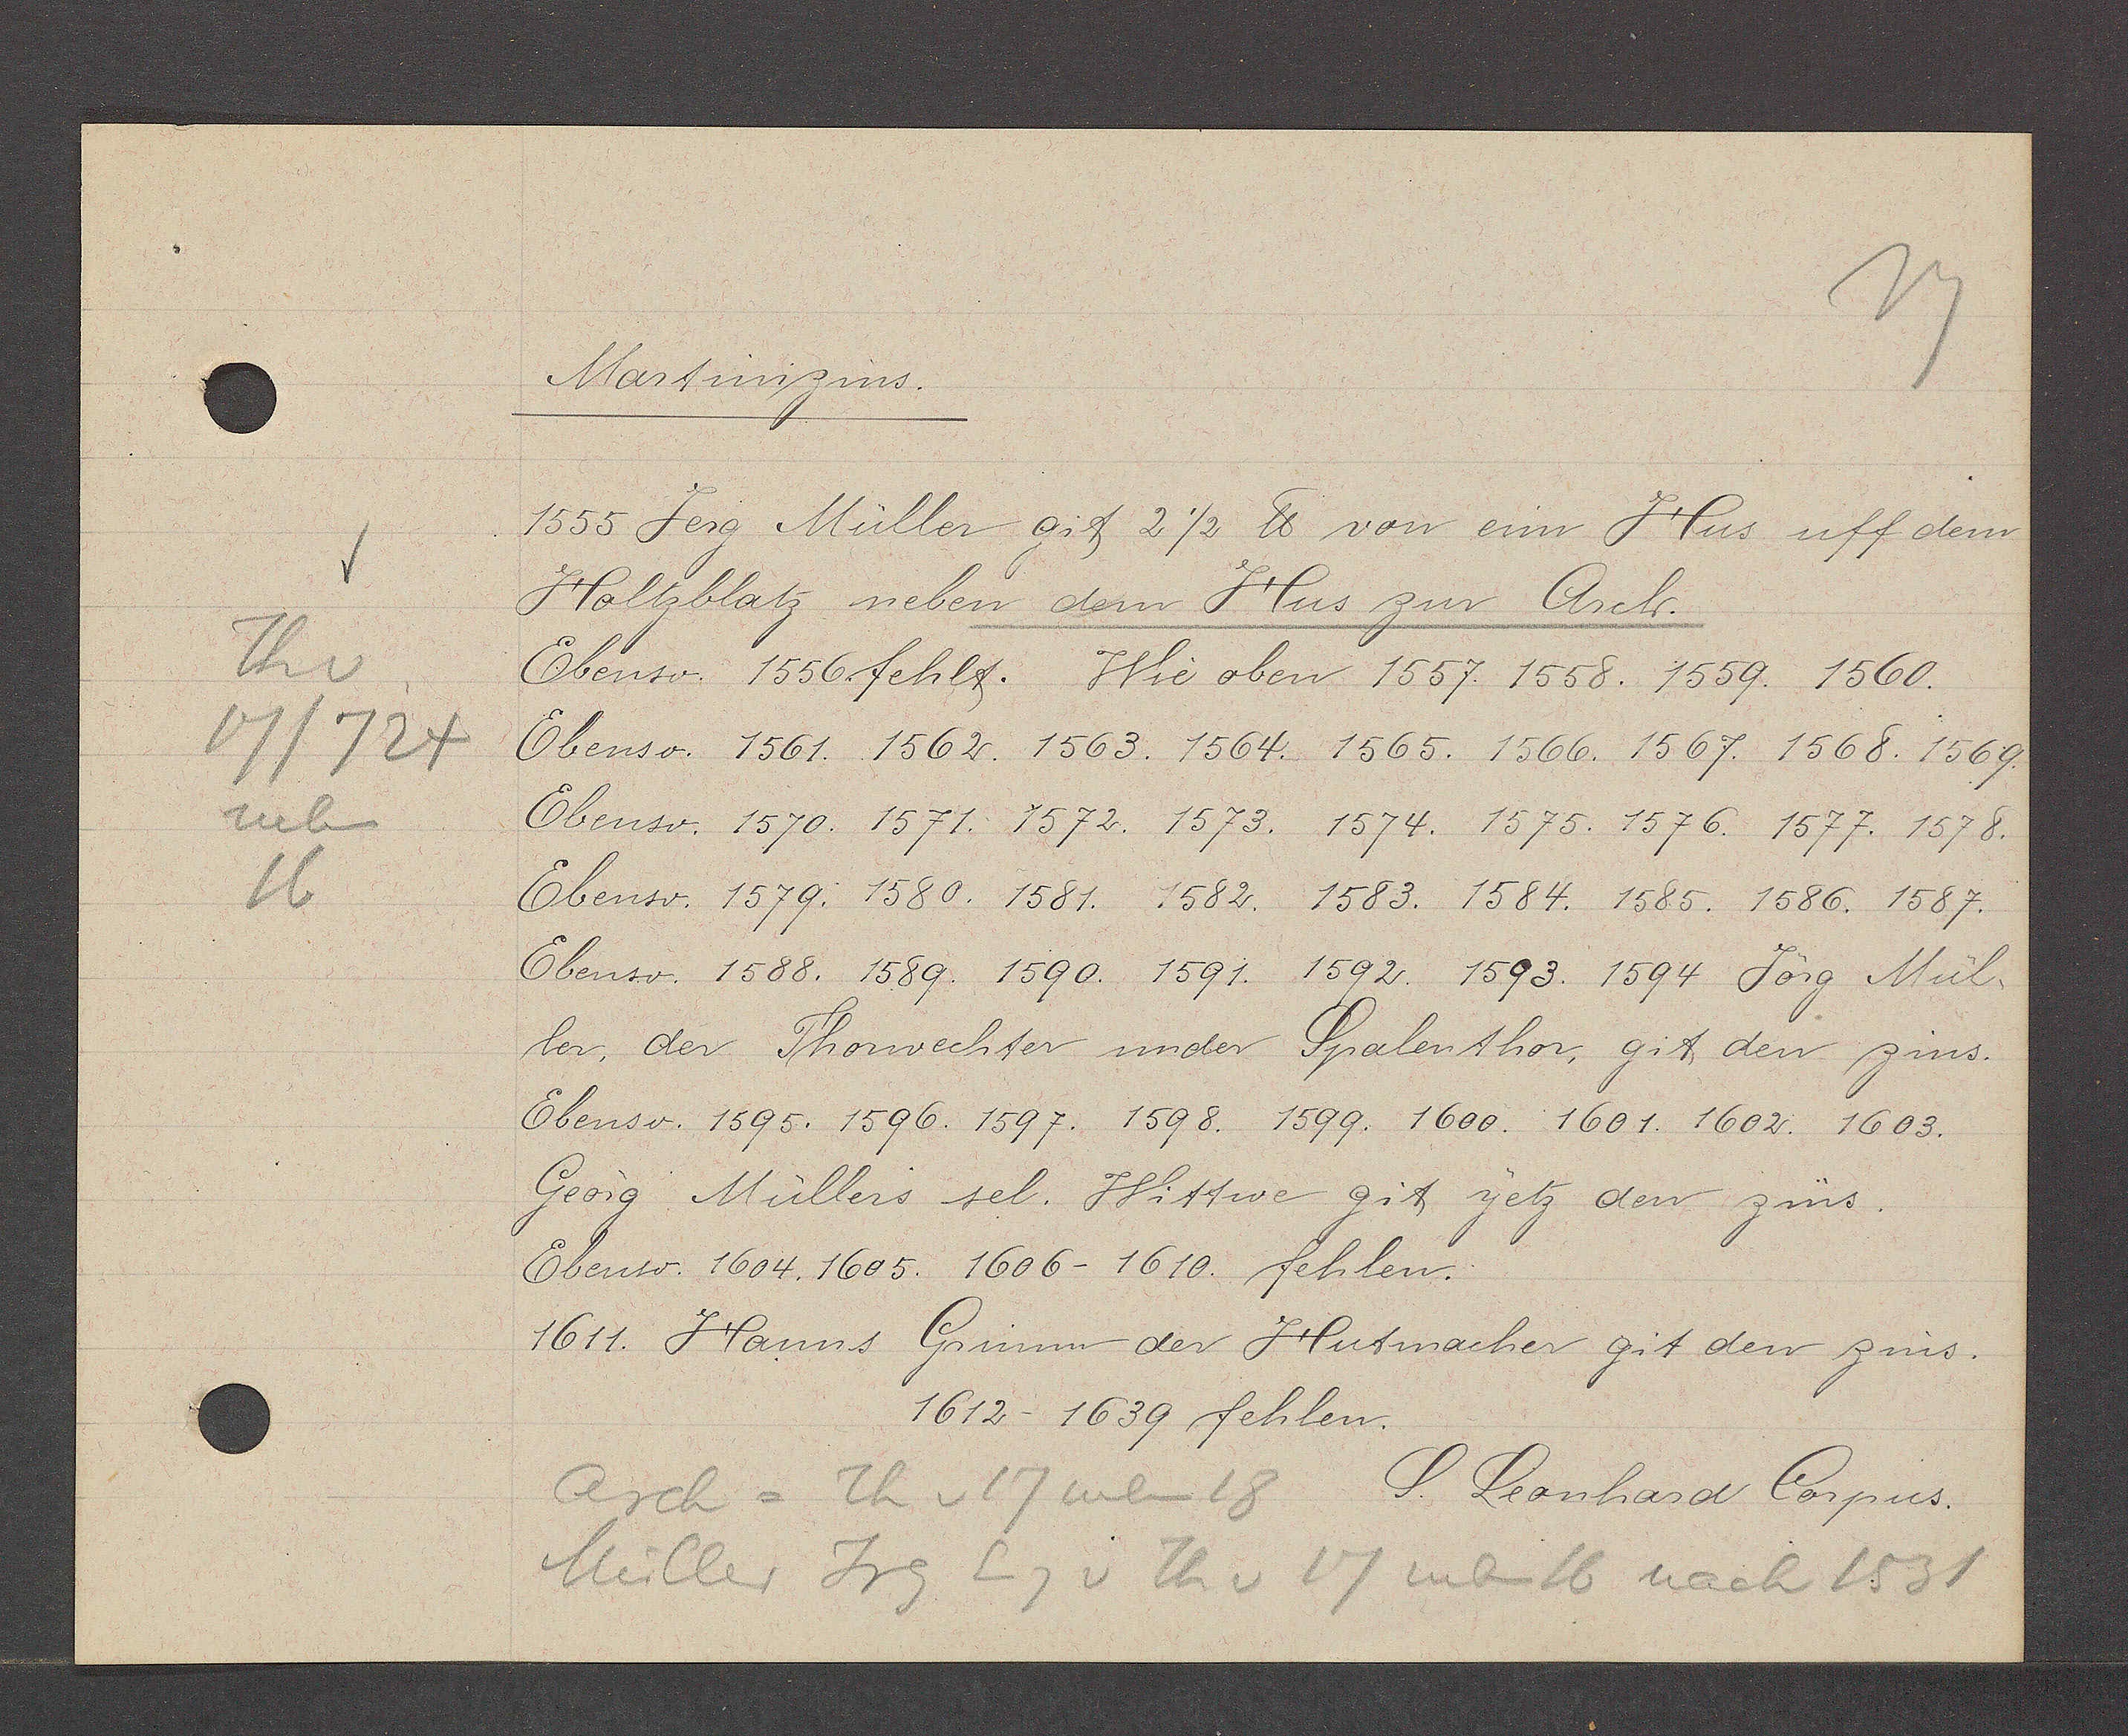
Transcript:
Th v
17/724
neben
16

Martinizins.

1555 Jerg Müller git 2½ ℔ von eim Hus uff dem
Holtzblatz neben dem Hus zur Arch.
Ebenso. 1556 fehlt. Wie oben 1557. 1558. 1559. 1560.
Ebenso. 1561. 1562. 1563. 1564. 1565. 1566. 1567. 1568. 1569.
Ebenso. 1570. 1571. 1572. 1573. 1574. 1575. 1576. 1577. 1578.
Ebenso. 1579. 1580. 1581. 1582. 1583. 1584. 1585. 1586. 1587.
Ebenso. 1588. 1589. 1590. 1591. 1592. 1593. 1594 Jörg Mül¬
ler, der Thorwechter under Spalenthor, git den zins.
Ebenso. 1595. 1596. 1597. 1598. 1599. 1600. 1601. 1602. 1603.
Georg Müllers sel. Wittwe git yetz den zins.
Ebenso. 1604. 1605. 1606-1610. fehlen.
1611. Hanns Grimm der Hutmacher git den zins.
1612-1639 fehlen.

Arch = Th v 17 neben 18
Müller Jrg
Eig v Th v 17 neben 16 nach 1531

S. Leonhard Corpus.